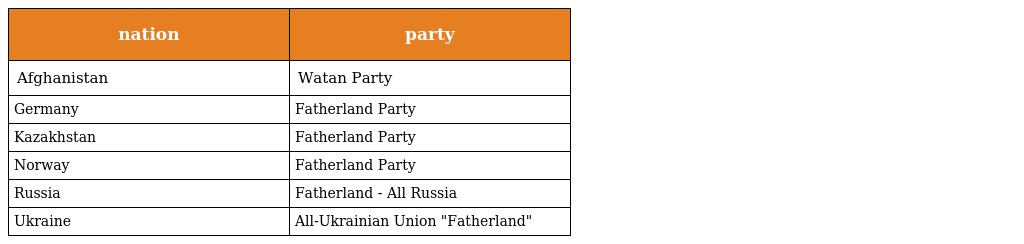
| nation | party |
 | --- | --- |
 | Afghanistan | Watan Party |
 | Germany | Fatherland Party |
 | Kazakhstan | Fatherland Party |
 | Norway | Fatherland Party |
 | Russia | Fatherland - All Russia |
 | Ukraine | All-Ukrainian Union "Fatherland" |